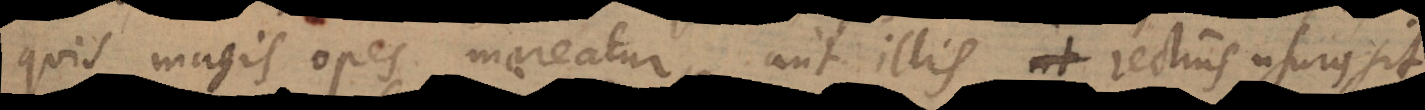
quis magis opes mereatur, aut illis rectius usurus sit,